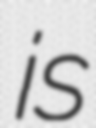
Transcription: is